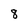
Character: 8